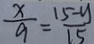
\frac { x } { 9 } = \frac { 1 5 - y } { 1 5 }